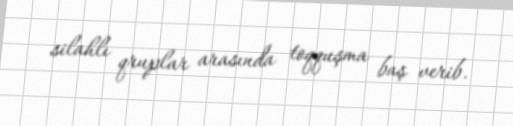
silahlı qruplar arasında toqquşma baş verib.